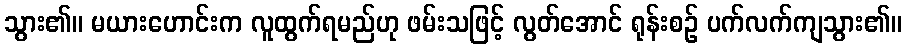
သွား၏။ မယားဟောင်းက လူထွက်ရမည်ဟု ဖမ်းသဖြင့် လွတ်အောင် ရုန်းစဉ် ပက်လက်ကျသွား၏။